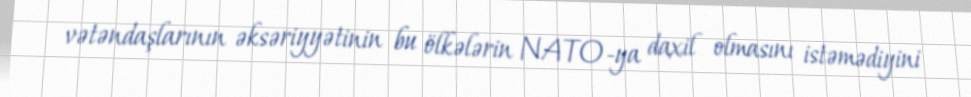
vətəndaşlarının əksəriyyətinin bu ölkələrin NATO-ya daxil olmasını istəmədiyini